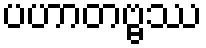
ပဟာတဗ္ဗဿ